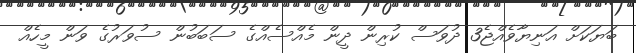
ބަޔަކަށް އަނިޔާވެއްޖެ3 ދުވަސް ކުރިން ދީން މެއްސެއްގެ ސަބަބުން ސުވަރުގެ ވަން މީހެއް